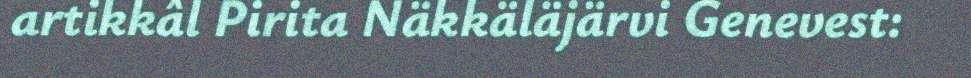
artikkâl Pirita Näkkäläjärvi Genevest: